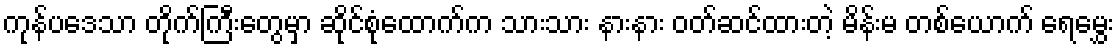
ကုန်ပဒေသာ တိုက်ကြီးတွေမှာ ဆိုင်စုံထောက်က သားသား နားနား ဝတ်ဆင်ထားတဲ့ မိန်းမ တစ်ယောက် ရေမွှေး